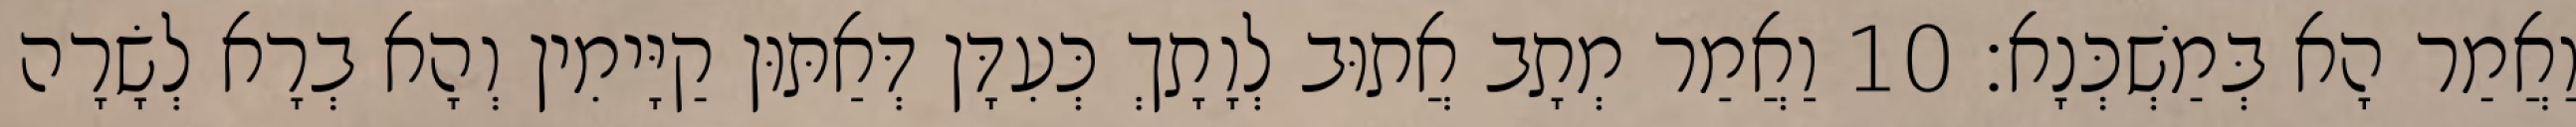
וַאֲמַר הָא בְּמַשְׁכְּנָא׃ 10 וַאֲמַר מְתָב אֲתוּב לְוָתָךְ כְּעִדָּן דְּאַתּוּן קַיָּימִין וְהָא בְרָא לְשָׂרָה